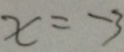
x = - 3